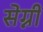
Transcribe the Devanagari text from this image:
सेग्नी